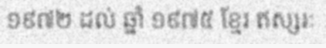
១៩៧២ ដល់ ឆ្នាំ ១៩៧៥ ខ្មែរ ឥស្សរៈ